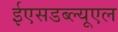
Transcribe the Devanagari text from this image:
ईएसडब्ल्यूएल